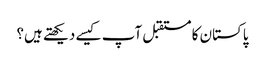
پاکستان کا مستقبل آپ کیسے دیکھتے ہیں؟